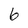
Character: 6